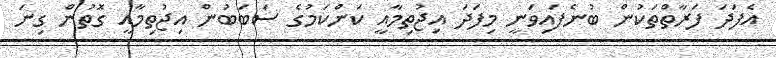
އެފަދަ ފަރާތްތަކުން ބުނެފައިވަނީ މިފަދަ އިޖުތިމާއީ ކަންކަމުގެ ސަބަބުން އިޖުތިމާއީ ގޮތުން ގިނަ